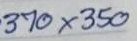
370x350